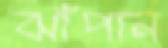
ঝাঁপান